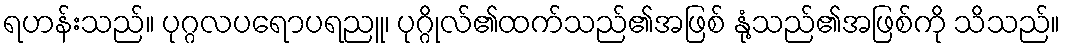
ရဟန်းသည်။ ပုဂ္ဂလပရောပရညူ၊ ပုဂ္ဂိုလ်၏ထက်သည်၏အဖြစ် နုံ့သည်၏အဖြစ်ကို သိသည်။